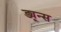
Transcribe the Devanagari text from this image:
ड्यून्स